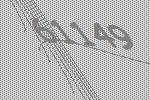
61149